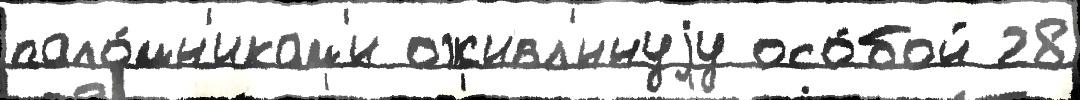
пало́мн'икам'и оживл'́ннуjу осо́бой 28